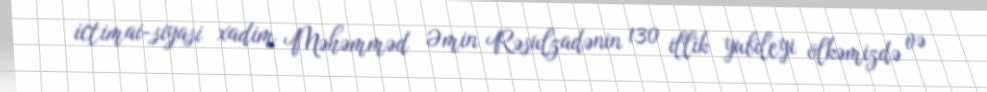
ictimai-siyasi xadim Məhəmməd Əmin Rəsulzadənin 130 illik yubileyi ölkəmizdə və